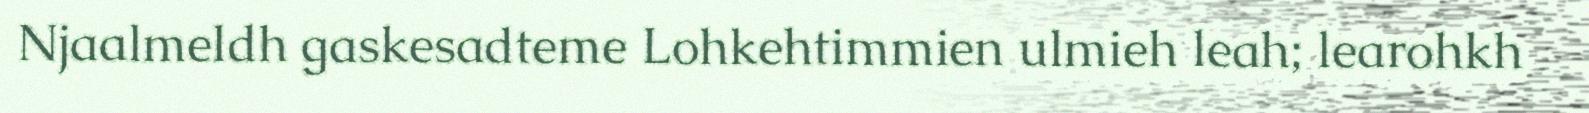
Njaalmeldh gaskesadteme Lohkehtimmien ulmieh leah; learohkh